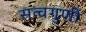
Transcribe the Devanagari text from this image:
सत्वगुणी